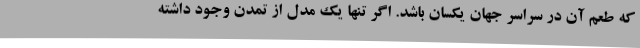
که طعم آن در سراسر جهان یکسان باشد. اگر تنها یک مدل از تمدن وجود داشته